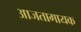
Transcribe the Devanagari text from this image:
आजतागायक